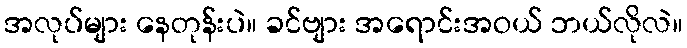
အလုပ်များ နေတုန်းပဲ။ ခင်ဗျား အရောင်းအဝယ် ဘယ်လိုလဲ။